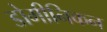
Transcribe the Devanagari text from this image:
डोमीनिकन